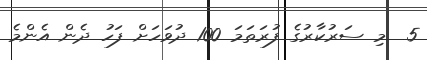
5  މި ސަރުކާރުގެ ފުރަތަމަ 100 ދުވަހަށް ފަހު ދެން އެންމެ